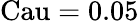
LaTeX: \mathrm{Cau}=0.05